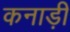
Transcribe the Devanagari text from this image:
कनाड़ी